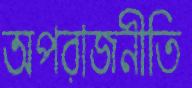
অপরাজনীতি